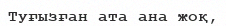
Туғызған ата ана жоқ,